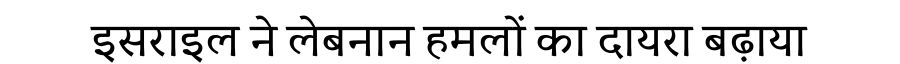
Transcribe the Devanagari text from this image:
इसराइल ने लेबनान हमलों का दायरा बढ़ाया